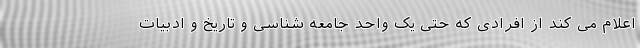
اعلام می کند از افرادی که حتی یک واحد جامعه شناسی و تاریخ و ادبیات